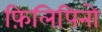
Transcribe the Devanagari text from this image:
फ़िलिपिनो